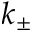
k _ { \pm }